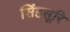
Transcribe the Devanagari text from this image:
सिंहसूरि